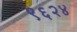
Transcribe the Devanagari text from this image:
९६२४